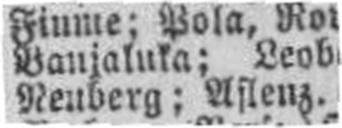
Neuberg; Aslenz.